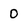
Character: 0